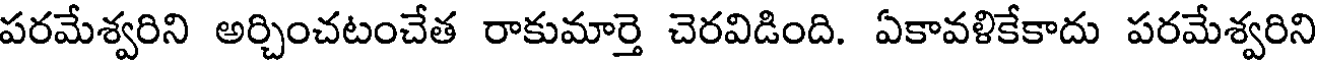
పరమేశ్వరిని అర్చించటంచేత రాకుమార్తె చెరవిడింది. ఏకావళికేకాదు పరమేశ్వరిని